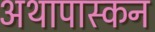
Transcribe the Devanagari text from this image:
अथापास्कन